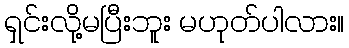
ရှင်းလို့မပြီးဘူး မဟုတ်ပါလား။